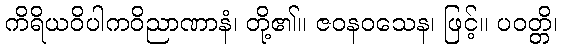
ကိရိယဝိပါကဝိညာဏာနံ၊ တို့၏။ ဇဝနဝသေန၊ ဖြင့်။ ပဝတ္တိ၊